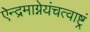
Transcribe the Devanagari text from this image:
ऐन्द्रमाग्नेयंचत्वाष्ट्रं